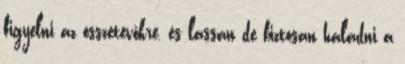
figyelni az összetevőkre, és lassan de biztosan haladni a